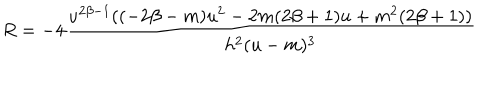
LaTeX: R = - 4 \frac { u ^ { 2 \beta - 1 } ( ( - 2 \beta - m ) u ^ { 2 } - 2 m ( 2 \beta + 1 ) u + m ^ { 2 } ( 2 \beta + 1 ) ) } { h ^ { 2 } ( u - m ) ^ { 3 } }